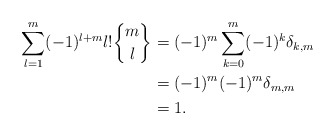
\begin{align*}\displaystyle \sum_{l=1}^{m}(-1)^{l+m} l! \genfrac{\{}{\}}{0pt}{}{m}{l}&=(-1)^m \displaystyle \sum_{k=0}^{m} (-1)^k \delta_{k,m}\\&=(-1)^m (-1)^m \delta_{m,m}\\&=1.\end{align*}